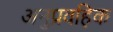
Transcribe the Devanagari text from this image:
अनुप्रवहिक